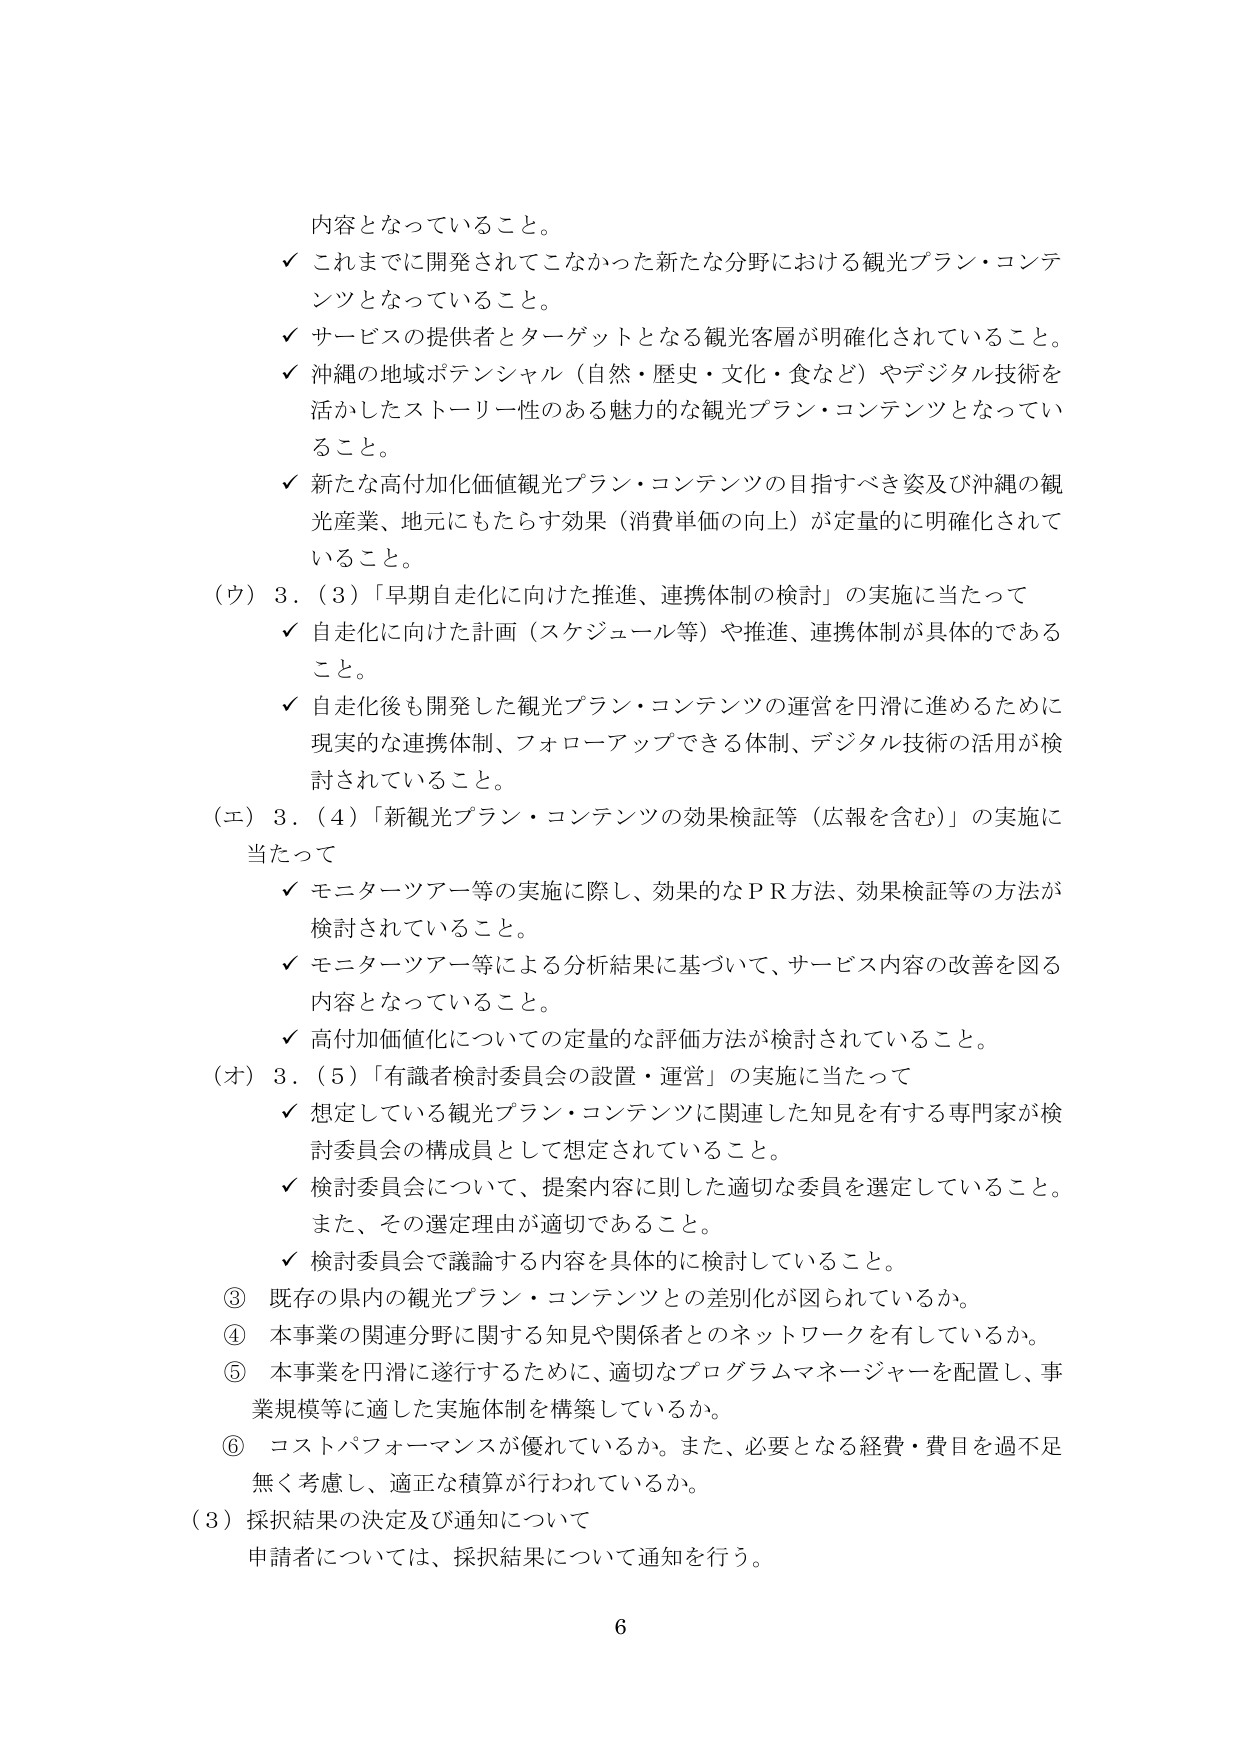
内容となっていること。
✓ これまでに開発されてこなかった新たな分野における観光プラン・コンテンツとなっていること。
✓ サービスの提供者とターゲットとなる観光客層が明確化されていること。
✓ 沖縄の地域ポテンシャル（自然・歴史・文化・食など）やデジタル技術を活かしたストーリー性のある魅力的な観光プラン・コンテンツとなっていること。
✓ 新たな高付加価値観光プラン・コンテンツの目指すべき姿及び沖縄の観光産業、地元にもたらす効果（消費単価の向上）が定量的に明確化されていること。
（ウ）3．（3）「早期自走化に向けた推進、連携体制の検討」の実施に当たって
✓ 自走化に向けた計画（スケジュール等）や推進、連携体制が具体的であること。
✓ 自走化後も開発した観光プラン・コンテンツの運営を円滑に進めるために現実的な連携体制、フォローアップできる体制、デジタル技術の活用が検討されていること。
（エ）3．（4）「新観光プラン・コンテンツの効果検証等（広報を含む）」の実施に当たって
✓ モニターツアー等の実施に際し、効果的なＰＲ方法、効果検証等の方法が検討されていること。
✓ モニターツアー等による分析結果に基づいて、サービス内容の改善を図る内容となっていること。
✓ 高付加価値化についての定量的な評価方法が検討されていること。
（オ）3．（5）「有識者検討委員会の設置・運営」の実施に当たって
✓ 想定している観光プラン・コンテンツに関連した知見を有する専門家が検討委員会の構成員として想定されていること。
✓ 検討委員会について、提案内容に則した適切な委員を選定していること。また、その選定理由が適切であること。
✓ 検討委員会で議論する内容を具体的に検討していること。
③ 既存の県内の観光プラン・コンテンツとの差別化が図られているか。
④ 本事業の関連分野に関する知見や関係者とのネットワークを有しているか。
⑤ 本事業を円滑に遂行するために、適切なプログラムマネージャーを配置し、事業規模等に適した実施体制を構築しているか。
⑥ コストパフォーマンスが優れているか。また、必要となる経費・費目を過不足無く考慮し、適正な積算が行われているか。
（3）採択結果の決定及び通知について
申請者については、採択結果について通知を行う。
6